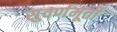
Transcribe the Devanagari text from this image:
सुवर्णमूर्ती